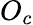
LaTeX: O_{c}